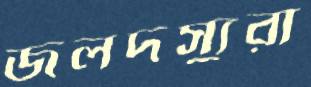
জলদস্যুরা